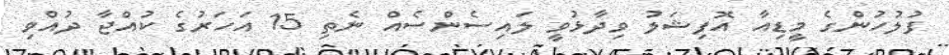
ފުލުހުންގެ މީޑިއާ އޮފިޝަލު ވިދާޅުވީ ލައިސެންސެއް ނެތި 15 އަހަރުގެ ކުއްޖާ ދުއްވި